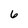
Character: 6